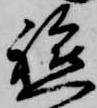
軈